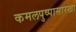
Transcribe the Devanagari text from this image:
कमलपुष्पासारखा